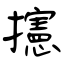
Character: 攇